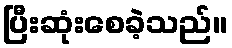
ပြီးဆုံးစေခဲ့သည်။